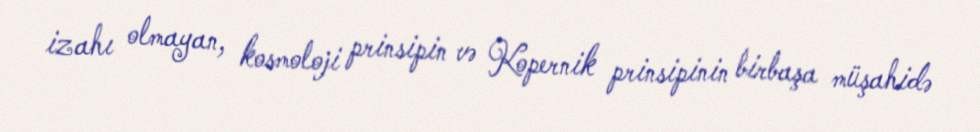
izahı olmayan, kosmoloji prinsipin və Kopernik prinsipinin birbaşa müşahidə